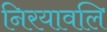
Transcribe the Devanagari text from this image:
निरयावलि